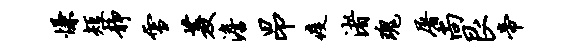
慊短静雪菱澹昂疫渚瑰屠尚艮帝